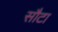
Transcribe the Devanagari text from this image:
सौटा